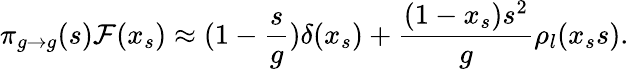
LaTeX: \pi_{g\to g}(s){\cal F}(x_{s})\approx(1-\frac{s}{g})\delta(x_{s})+\frac{(1-x_{s})s^{2}}{g}\rho_{l}(x_{s}s).